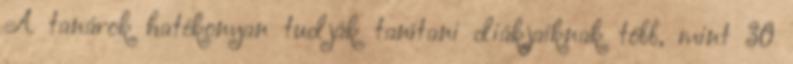
A tanárok hatékonyan tudják tanítani diákjaiknak több, mint 30